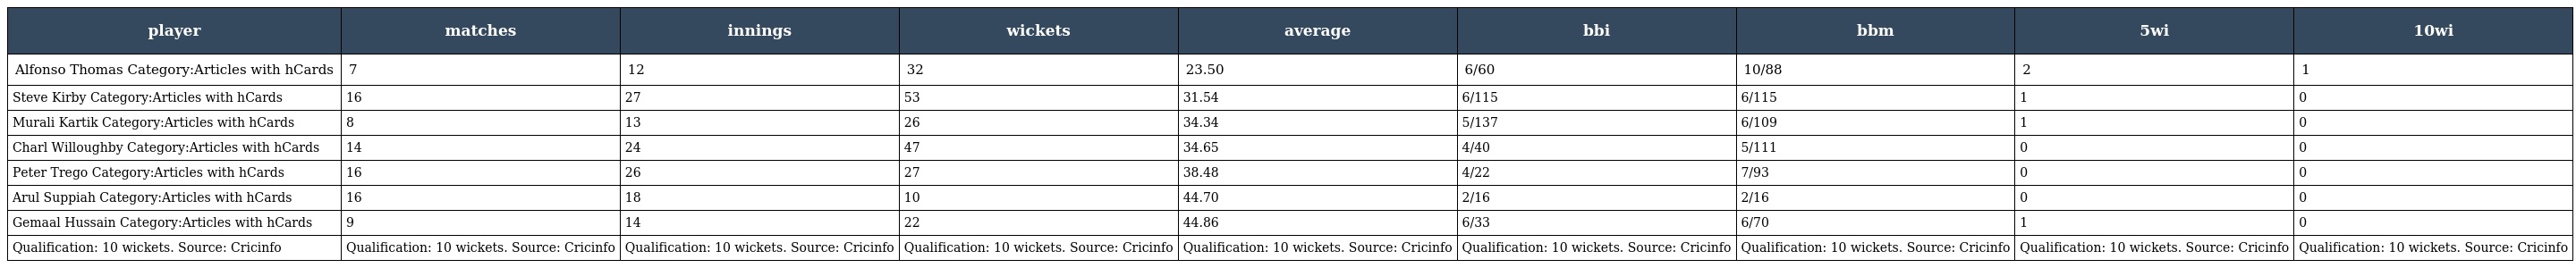
| player | matches | innings | wickets | average | bbi | bbm | 5wi | 10wi |
 | --- | --- | --- | --- | --- | --- | --- | --- | --- |
 | Alfonso Thomas Category:Articles with hCards | 7 | 12 | 32 | 23.50 | 6/60 | 10/88 | 2 | 1 |
 | Steve Kirby Category:Articles with hCards | 16 | 27 | 53 | 31.54 | 6/115 | 6/115 | 1 | 0 |
 | Murali Kartik Category:Articles with hCards | 8 | 13 | 26 | 34.34 | 5/137 | 6/109 | 1 | 0 |
 | Charl Willoughby Category:Articles with hCards | 14 | 24 | 47 | 34.65 | 4/40 | 5/111 | 0 | 0 |
 | Peter Trego Category:Articles with hCards | 16 | 26 | 27 | 38.48 | 4/22 | 7/93 | 0 | 0 |
 | Arul Suppiah Category:Articles with hCards | 16 | 18 | 10 | 44.70 | 2/16 | 2/16 | 0 | 0 |
 | Gemaal Hussain Category:Articles with hCards | 9 | 14 | 22 | 44.86 | 6/33 | 6/70 | 1 | 0 |
 | Qualification: 10 wickets. Source: Cricinfo | Qualification: 10 wickets. Source: Cricinfo | Qualification: 10 wickets. Source: Cricinfo | Qualification: 10 wickets. Source: Cricinfo | Qualification: 10 wickets. Source: Cricinfo | Qualification: 10 wickets. Source: Cricinfo | Qualification: 10 wickets. Source: Cricinfo | Qualification: 10 wickets. Source: Cricinfo | Qualification: 10 wickets. Source: Cricinfo |